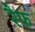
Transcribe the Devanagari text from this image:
रैफ